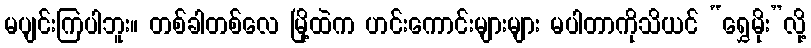
မပျင်းကြပါဘူး။ တစ်ခါတစ်လေ မြို့ထဲက ဟင်းကောင်းများများ မပါတာကိုသိယင် “ရွှေမိုး”လို့